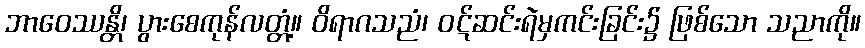
ဘာဝေဿန္တိ၊ ပွားစေကုန်လတ္တံ့။ ဝိရာဂသညံ၊ ဝဋ်ဆင်းရဲမှကင်းခြင်း၌ ဖြစ်သော သညာကို။